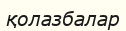
қолазбалар